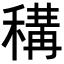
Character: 𥠾